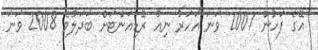
އޭގެ ފަހުން 2007 ވަނަ އަހަރު ނިއު ރޭޑިއަންޓަށް ބަދަލުވެ 2008 ވަނަ